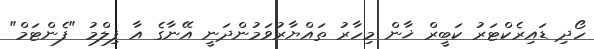
ހޯދި ޑައިރެކްޓަރު ކަބީރް ޚާން މިހާރު ތައްޔާރުވަމުންދަނީ އޭނާގެ އާ ފިލްމު "ފެންޓަމް"